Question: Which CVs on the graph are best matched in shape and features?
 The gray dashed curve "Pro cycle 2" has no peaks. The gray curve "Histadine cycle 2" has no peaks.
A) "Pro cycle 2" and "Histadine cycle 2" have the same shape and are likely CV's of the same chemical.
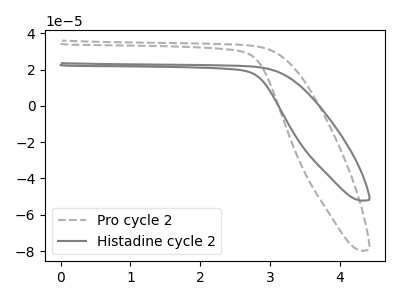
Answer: <think>Neither "Pro cycle 2" or "Histadine cycle 2" have any peaks.
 </think>
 <answer>A) "Pro cycle 2" and "Histadine cycle 2" have the same shape and are likely CV's of the same chemical.</answer>
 <eval>A</eval>